Indian journal of veterinary science and animal husbandry - Volumes 15-17, 1948-1951
Year: 1948
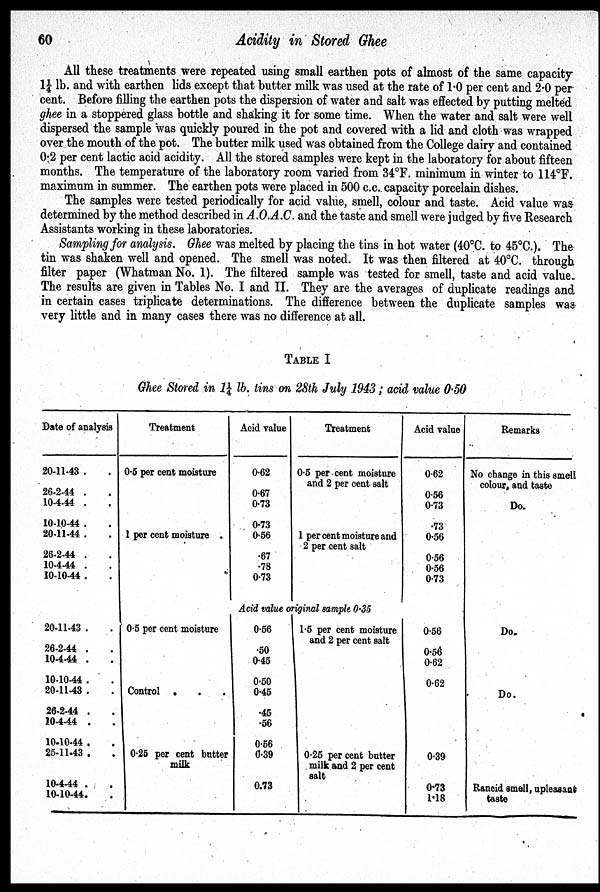
60
Acidity in Stored Ghee
All these treatments were repeated using small earthen pots of almost of the same capacity
1¼ lb. and with earthen lids except that butter milk was used at the rate of 1.0 per cent and 2.0 per
cent. Before filling the earthen pots the dispersion of water and salt was effected by putting melted
ghee in a stoppered glass bottle and shaking it for some time. When the water and salt were well
dispersed the sample was quickly poured in the pot and covered with a lid and cloth was wrapped
over the mouth of the pot. The butter milk used was obtained from the College dairy and contained
0.2 per cent lactic acid acidity. All the stored samples were kept in the laboratory for about fifteen
months. The temperature of the laboratory room varied from 34ºF. minimum in winter to 114ºF.
maximum in summer. The earthen pots were placed in 500 c.c. capacity porcelain dishes.
The samples were tested periodically for acid value, smell, colour and taste. Acid value was
determined by the method described in A.O.A.C. and the taste and smell were judged by five Research
Assistants working in these laboratories.
Sampling for analysis. Ghee was melted by placing the tins in hot water (40ºC. to 45ºC.). The
tin was shaken well and opened. The smell was noted. It was then filtered at 40ºC. through
filter paper (Whatman No. 1). The filtered sample was tested for smell, taste and acid value.
The results are given in Tables No. I and II. They are the averages of duplicate readings and
in certain cases triplicate determinations. The difference between the duplicate samples was
very little and in many cases there was no difference at all.
TABLE I
Ghee Stored in 1¼ lb. tins on 28th July 1943; acid value 0.50
Date of analysis
20-11-43 . .
26-2-44 . .
10-4-44 . .
10-10-44 . .
20-11-44 . .
26-2-44 . .
10-4-44 . .
10-10-44 . .
20-11-43 . .
26-2-44 . .
10-4-44 . .
10-10-44 . .
20-11-43 . .
26-2-44 . .
10-4-44 . .
10-10-44 . .
25-11-43 . .
10-4-44 . .
10-10-44. .
Treatment
0.5 per cent moisture
1 per cent moisture .
0.5 per cent moisture
Control . . .
0.25 per cent butter
milk
Acid value
0.62
0.67
0.73
0.73
0.56
.67
.78
0.73
Treatment
0.5 per cent moisture
and 2 per cent salt
1 per cent moisture and
2 per cent salt
Acid value original sample 0.35
0.56
.50
0.45
0.50
0.45
.45
.56
0.56
0.39
0.73
1.5 per cent moisture
and 2 per cent salt
0.25 per cent butter
milk and 2 per cent
salt
Acid value
0.62
0.56
0.73
.73
0.56
0.56
0.56
0.73
0.56
0.56
0.62
0.62
0.39
0.73
1.18
Remarks
No change in this smell
colour, and taste
Do.
Do.
Do.
Rancid smell, upleasant
taste